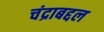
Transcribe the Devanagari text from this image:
चंद्राबद्दल